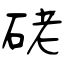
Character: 硓